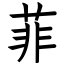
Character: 菲